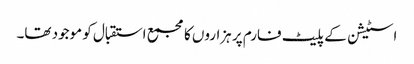
اسٹیشن کے پلیٹ فارم پر ہزاروں کا مجمع استقبال کو موجود تھا۔